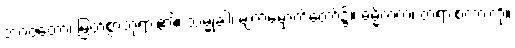
ဘဂဝတော၊ မြတ်စွာဘုရား၏။ သမ္မုခါ၊ မျက်မှောက်တော်၌။ ဓမ္မိကတံ၊ တရားစကားကို။